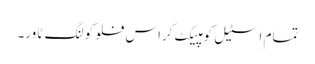
تمام اسٹیل کومپیکٹ کراس فلو کولنگ ٹاور۔